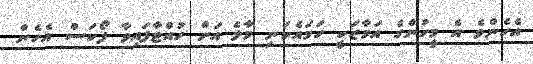
އެހެންވެ އެ މީހުންގެ އަމާޒަކީ ހަމައެކަނި މާލެ އަށް ހުއްޓާފައިވާ ފޯކަސް އެހެން